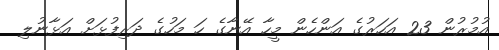
އުމުރުން 23 އަހަރުގެ އަންހެން މީހާ އޭނާގެ ހަ މަހުގެ ދަރިފުޅަށް އަޅާނުލި